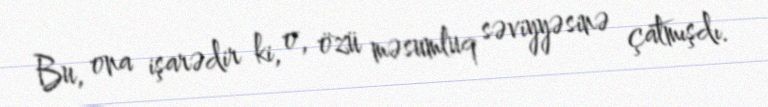
Bu, ona işarədir ki, o, özü məsumluq səviyyəsinə çatmışdı.